Vaccination report Assam 1896-1927 - 1896-1927
Year: 1896
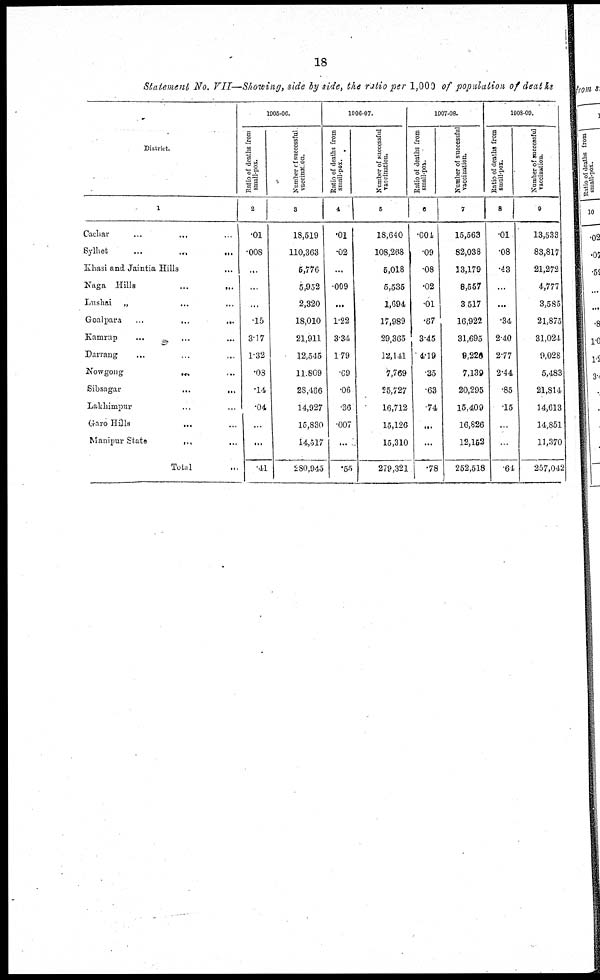
18
Statement No. VII—Showing, side by side, the ratio per 1,000 of population of deaths
District.
1
Cachar ... ... ...
Sylhet ... ... ...
Khasi and Jaintia Hills ...
Naga Hills ... ...
Lushai „ ... ...
Goalpara
...
...
...
Kamrup ... ... ...
Darrang ... ... ...
Nowgong
...
...
Sibsagar
...
...
Lakhimpur ... ...
Garo Hills ... ...
Manipur State
...
...
Total ...
1905-06.
Ratio of deaths from
small-pox.
2
.01
.008
...
...
...
.15
3.17
1.32
.08
.14
.04
...
...
.41
Number of successful
vaccination.
3
18,519
110,363
5,776
5,952
2,320
18,010
21,911
12,545
11,809
28,466
14,927
15,830
14,517
280,945
1906-07.
Ratio of deaths from
small-pox.
4
.01
.02
...
.009
...
1.22
3.34
1.79
.69
.06
.36
.007
...
.55
Number of successful
vaccination.
5
18,640
108,268
5,018
5,535
1,694
17,989
29,365
12,141
7,769
25,727
16,712
15,126
15,310
279,321
1907-08.
Ratio of deaths from
small-pox.
6
.004
.09
.08
.02
.01
.67
3.45
4.19
.35
.63
.74
...
...
.78
Number of successful
vaccination.
7
15,563
82,038
13,179
8,557
3,517
16,922
31,695
9,220
7,139
20,295
15,409
16,826
12,152
252,518
1908-09.
Ratio of deaths from
small-pox.
8
.01
.08
.43
...
...
.34
2.40
2.77
2.44
.85
.15
...
...
.64
Number of successful
vaccination.
9
13,533
83,817
21,272
4,777
3,585
21,875
31,024
9,028
5,483
21,814
14,613
14,851
11,370
257,042